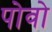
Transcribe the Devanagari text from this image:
पोवो